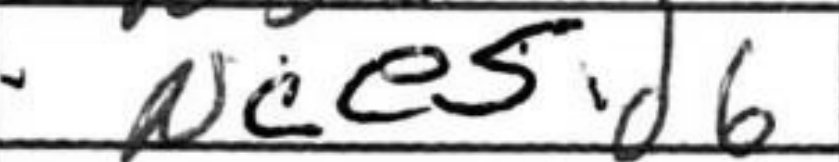
Transcription: Nce5d6